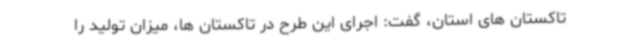
تاکستان های استان، گفت: اجرای این طرح در تاکستان ها، میزان تولید را